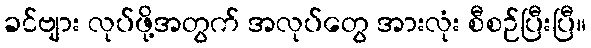
ခင်ဗျား လုပ်ဖို့အတွက် အလုပ်တွေ အားလုံး စီစဉ်ပြီးပြီ။